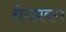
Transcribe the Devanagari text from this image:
रोगप्रवण